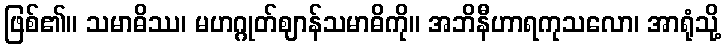
ဖြစ်၏။ သမာဓိဿ၊ မဟဂ္ဂုတ်ဈာန်သမာဓိကို။ အဘိနီဟာရကုသလော၊ အာရုံသို့